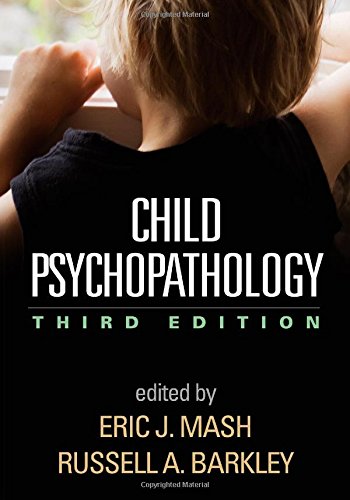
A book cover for Child Psychopathology, Third Edition; Medical Books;